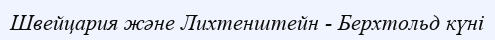
Швейцария және Лихтенштейн - Берхтольд күні